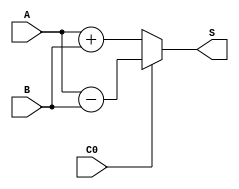
`timescale 1ns / 1ps
//////////////////////////////////////////////////////////////////////////////////
// Company: 
// Engineer: 
// 
// Design Name: 
// Module Name:    ADC32 
// Project Name: 
// Target Devices: 
// Tool versions: 
// Description: 
//
// Dependencies: 
//
// Revision: 
// Revision 0.01 - File Created
// Additional Comments: 
//
//////////////////////////////////////////////////////////////////////////////////
module ADC32(input [31:0] A,
				 input [31:0] B,
				 input C0, //C0=1
				 output [32:0] S
    );
reg [32:0]temp;

always@(C0 or A or B)
	begin
	if(!C0)
	temp <= A+B;
	else
	temp <= A-B;
	end

assign S = temp;	

endmodule